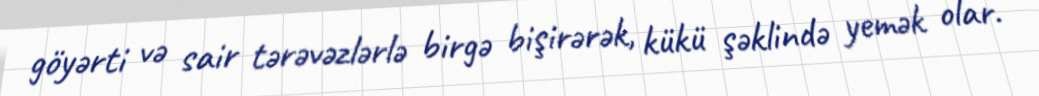
göyərti və sair tərəvəzlərlə birgə bişirərək, kükü şəklində yemək olar.